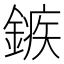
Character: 𨪏